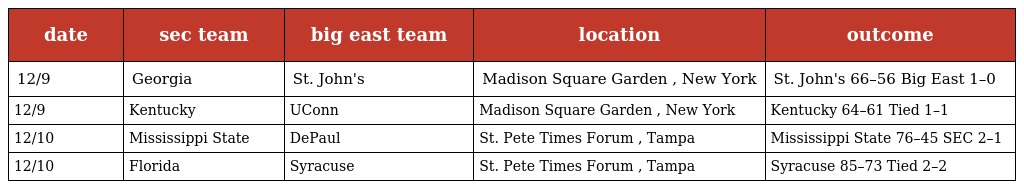
| date | sec team | big east team | location | outcome |
 | --- | --- | --- | --- | --- |
 | 12/9 | Georgia | St. John's | Madison Square Garden , New York | St. John's 66–56 Big East 1–0 |
 | 12/9 | Kentucky | UConn | Madison Square Garden , New York | Kentucky 64–61 Tied 1–1 |
 | 12/10 | Mississippi State | DePaul | St. Pete Times Forum , Tampa | Mississippi State 76–45 SEC 2–1 |
 | 12/10 | Florida | Syracuse | St. Pete Times Forum , Tampa | Syracuse 85–73 Tied 2–2 |